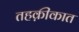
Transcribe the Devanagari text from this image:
तहक़ीकात